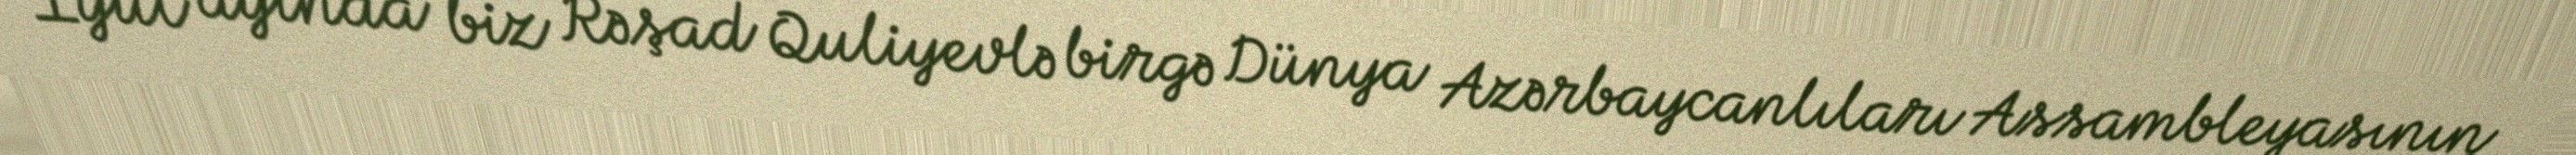
İyul ayında biz Rəşad Quliyevlə birgə Dünya Azərbaycanlıları Assambleyasının